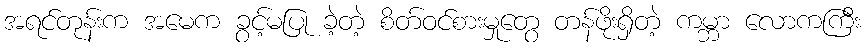
အရင်တုန်းက အမေက ခွင့်မပြု ခဲ့တဲ့ စိတ်ဝင်စားမှုတွေ တန်ဖိုးရှိတဲ့ ကမ္ဘာ လောကကြီး